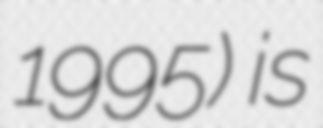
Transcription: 1995) is